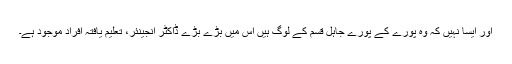
اور ایسا نہیں کہ وہ پورے کے پورے جاہل قسم کے لوگ ہیں اس میں بڑے بڑے ڈاکٹر انجینئر، تعلیم یافتہ افراد موجود ہے۔